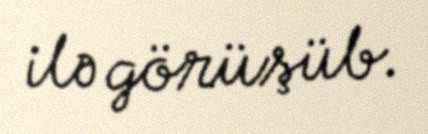
ilə görüşüb.